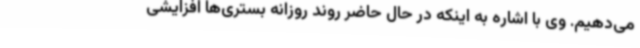
می‌دهیم. وی با اشاره به اینکه در حال حاضر روند روزانه بستری‌ها افزایشی